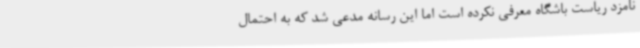
نامزد ریاست باشگاه معرفی نکرده است اما این رسانه مدعی شد که به احتمال